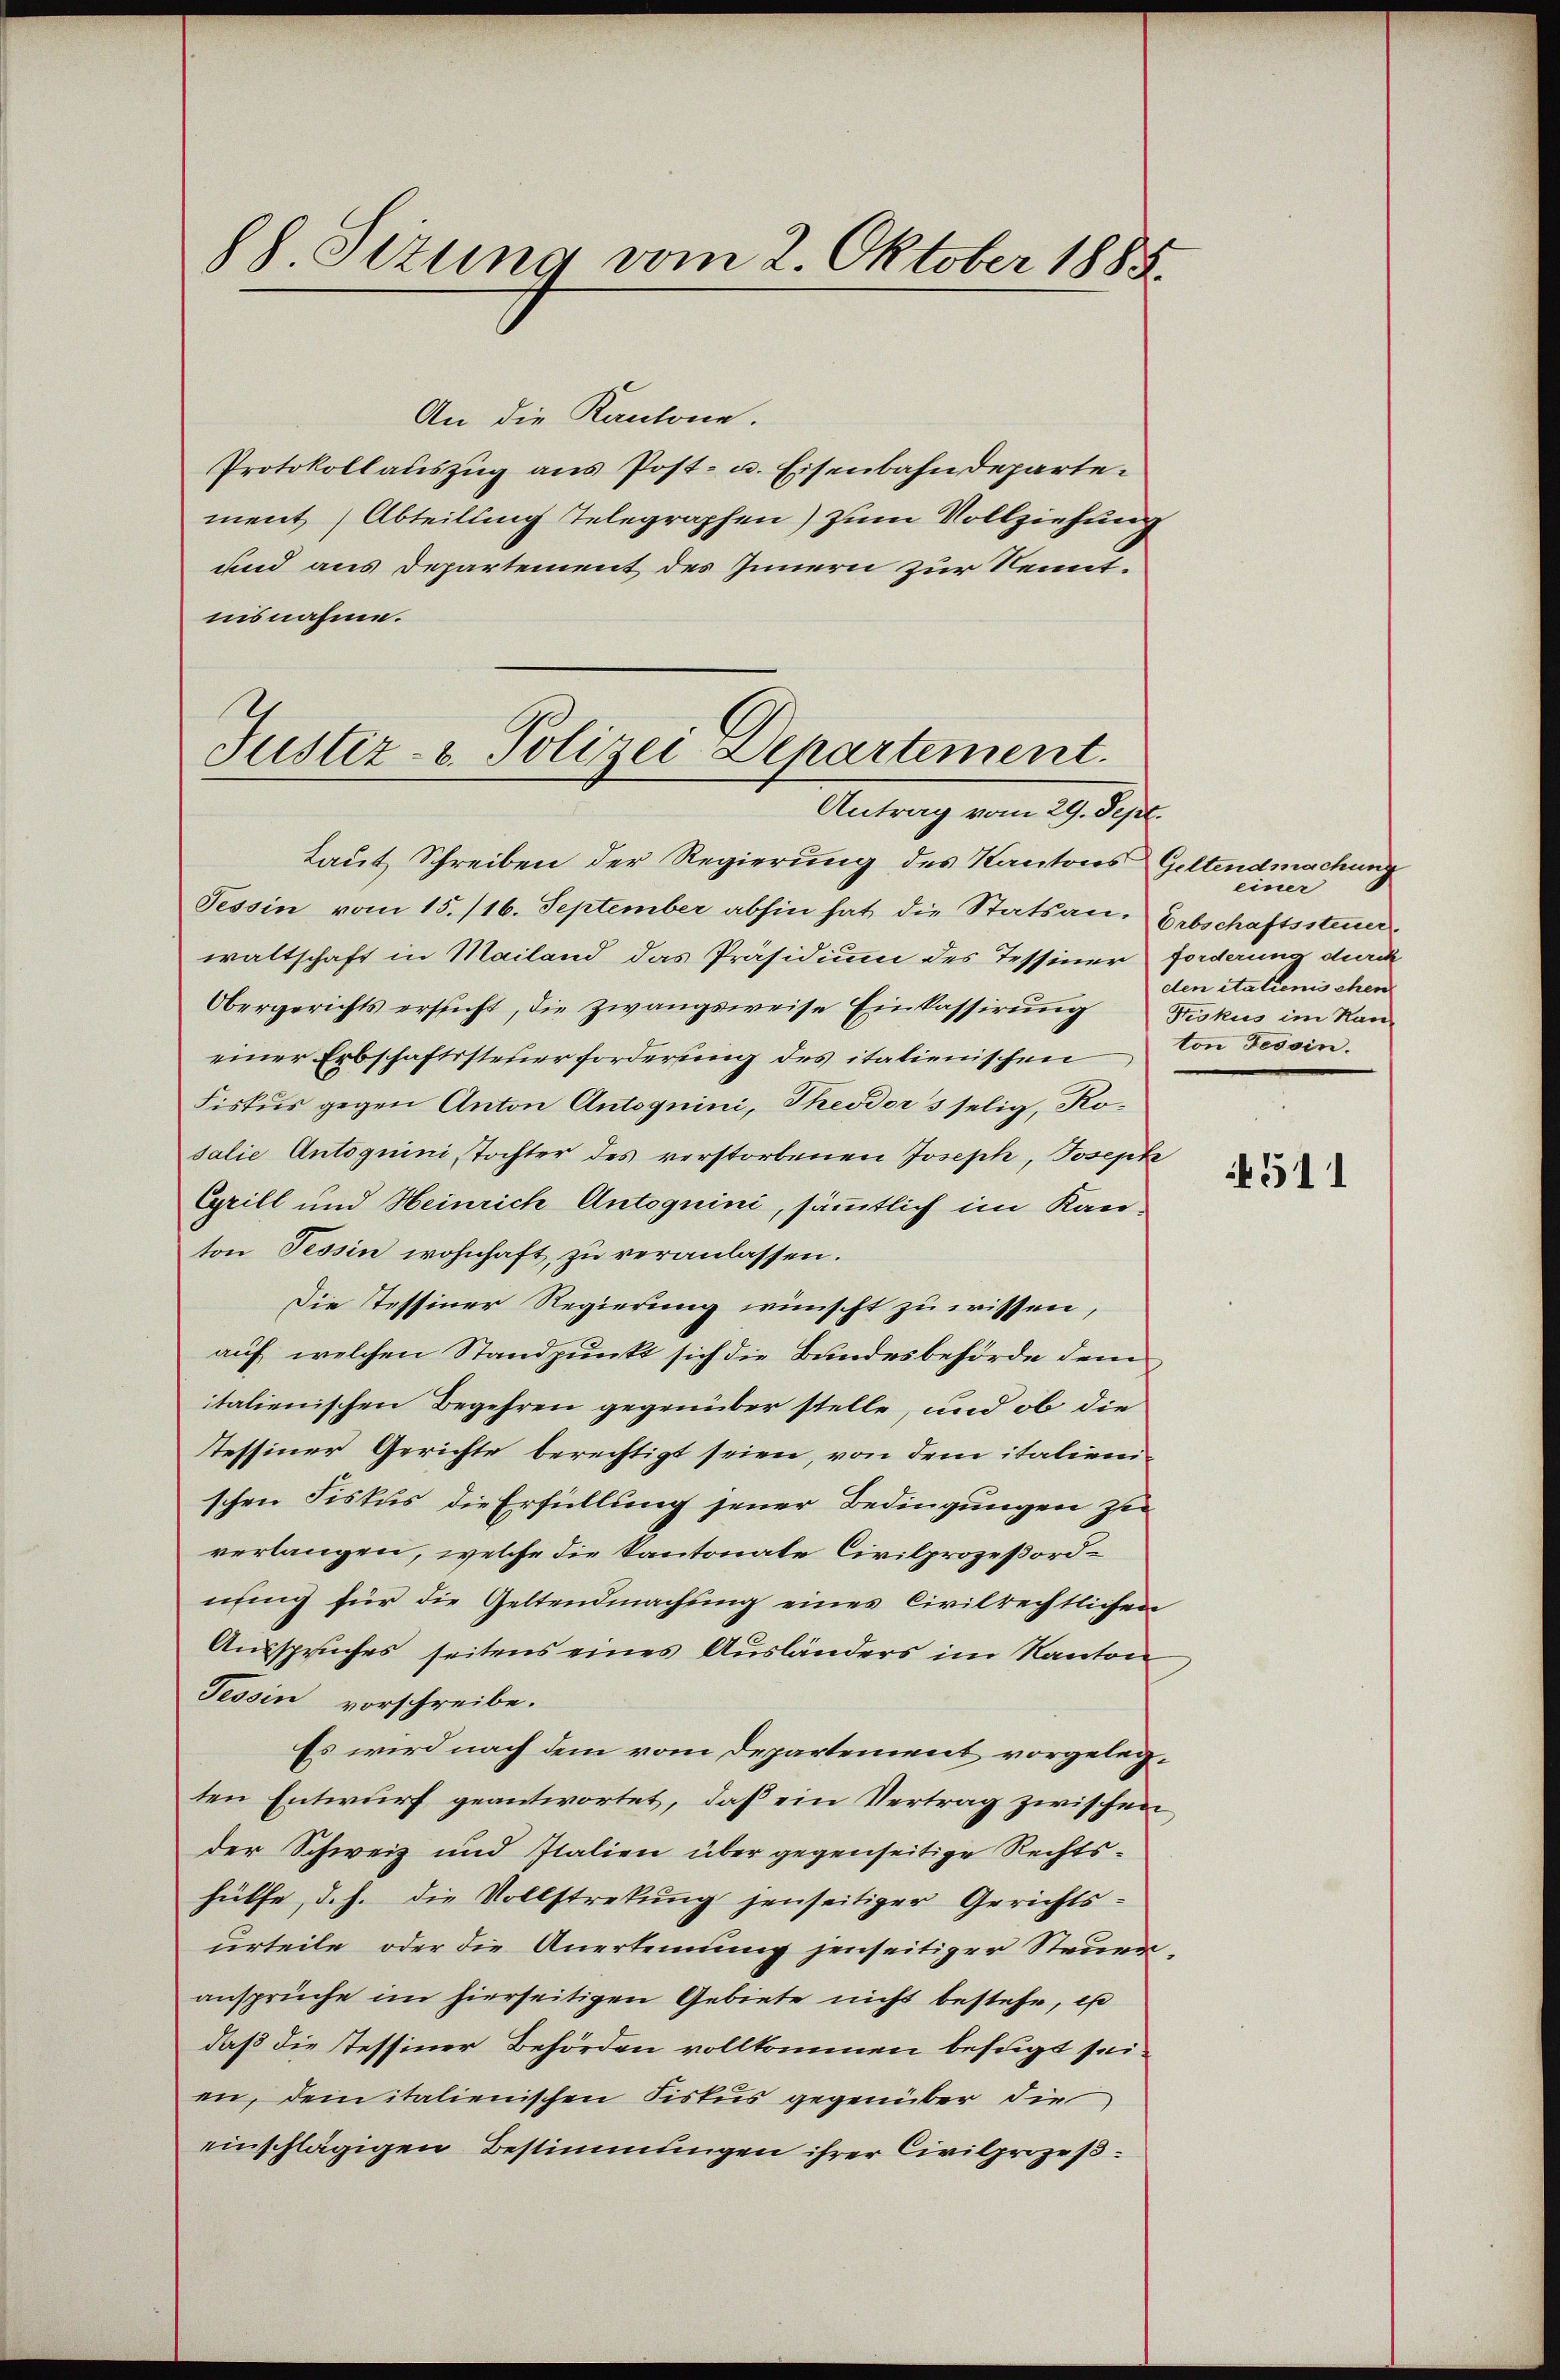
88 Sizung vom 2. Oktober 1885

An die Kantone.
Protokollauszug aus Post- u. Eisenbahndepartement (Abteilung Telegraphen) zum Vollziehung
und aus Departement des Innern zur Kenntnisnahme.
Justiz- u. Polizei Departement.

Antrag vom 29. Sept.

Laut Schreiben der Regierung des Kantons Geltendmachung
Tessin vom 15. 116. September abhin hat die Statsan. Erbschaftssteuer
waltschaft in Mailand das Präsidium des Tessiner forderung durch
Obergerichts ersŭcht, die zwangsweise Einkassirŭng Fiskus im Kan-
einer Erbschaftssteuerforderung des italienischen
Fiskus gegen Anton Antoguini, Theodor 3 selig, Rosalie Antoguini, Tochter des verstorbenen Joseph, Josephe
Cyrill und Heinrich Antoguini, sämmtlich im Kanton Tessin wohnhaft, zu veranlassen.
Die Tessiner Regierung wünscht zu wissen,
auf welchen Standpunkt sich die Bundesbehörde dem
italienischen Begehren gegenüber stelle, und ob die
tessiner Gerichte berechtigt seien, von dem italienischen Fiskus die Erfüllung jener Bedingungen zu
verlangen, welche die Kantonate Civilprozeßordnung für die Geltendmachung eines Civilrechtlichen
Ausspruches seitens eines Ausländers im Kanton
Tessin vorschreibe.
Es wird nach dem vom Departement vorgelegten Entwurf geantwortet, daß ein Vertrag zwischen
der Schweiz und Italien über gegenseitige Rechtshülfe, d.h. die Vollstrekung jenseitiger Gerichts-
urteile oder die Anerkennung jenseitiger Steueransprüche im hierseitigen Gebiete nicht bestehe, es
daß die Tessiner Behörden vollkommen befugt sei.
en, dem italienischen Fiskus gegenüber die
einschlägigen Bestimmungen ihrer Civilprozeß¬

einer
den italienischen
ton Tessin.

4511